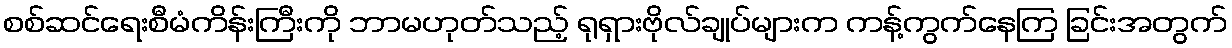
စစ်ဆင်ရေးစီမံကိန်းကြီးကို ဘာမဟုတ်သည့် ရုရှားဗိုလ်ချုပ်များက ကန့်ကွက်နေကြ ခြင်းအတွက်